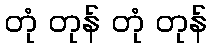
တုံ တုန် တုံ တုန်